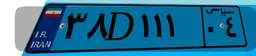
۵۴D۹۴۸۴۶